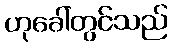
ဟုခေါ်တွင်သည်